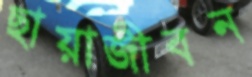
ছায়াজীবন